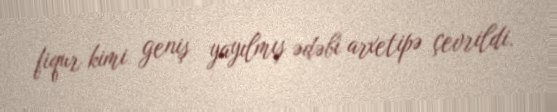
fiqur kimi geniş yayılmış ədəbi arxetipə çevrildi.